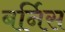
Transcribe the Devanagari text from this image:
बर्निस